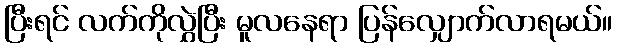
ပြီးရင် လက်ကိုလွှဲပြီး မူလနေရာ ပြန်လျှောက်လာရမယ်။